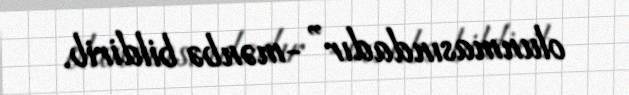
olunmasındadır”-mənbə bildirib.